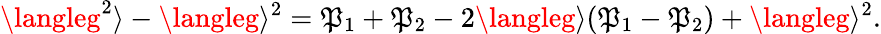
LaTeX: {\langleg^{2}\rangle-\langleg\rangle^{2}=\mathfrak{P}_{1}+\mathfrak{P}_{2}-2\langleg\rangle(\mathfrak{P}_{1}-\mathfrak{P}_{2})+\langleg\rangle^{2}}.